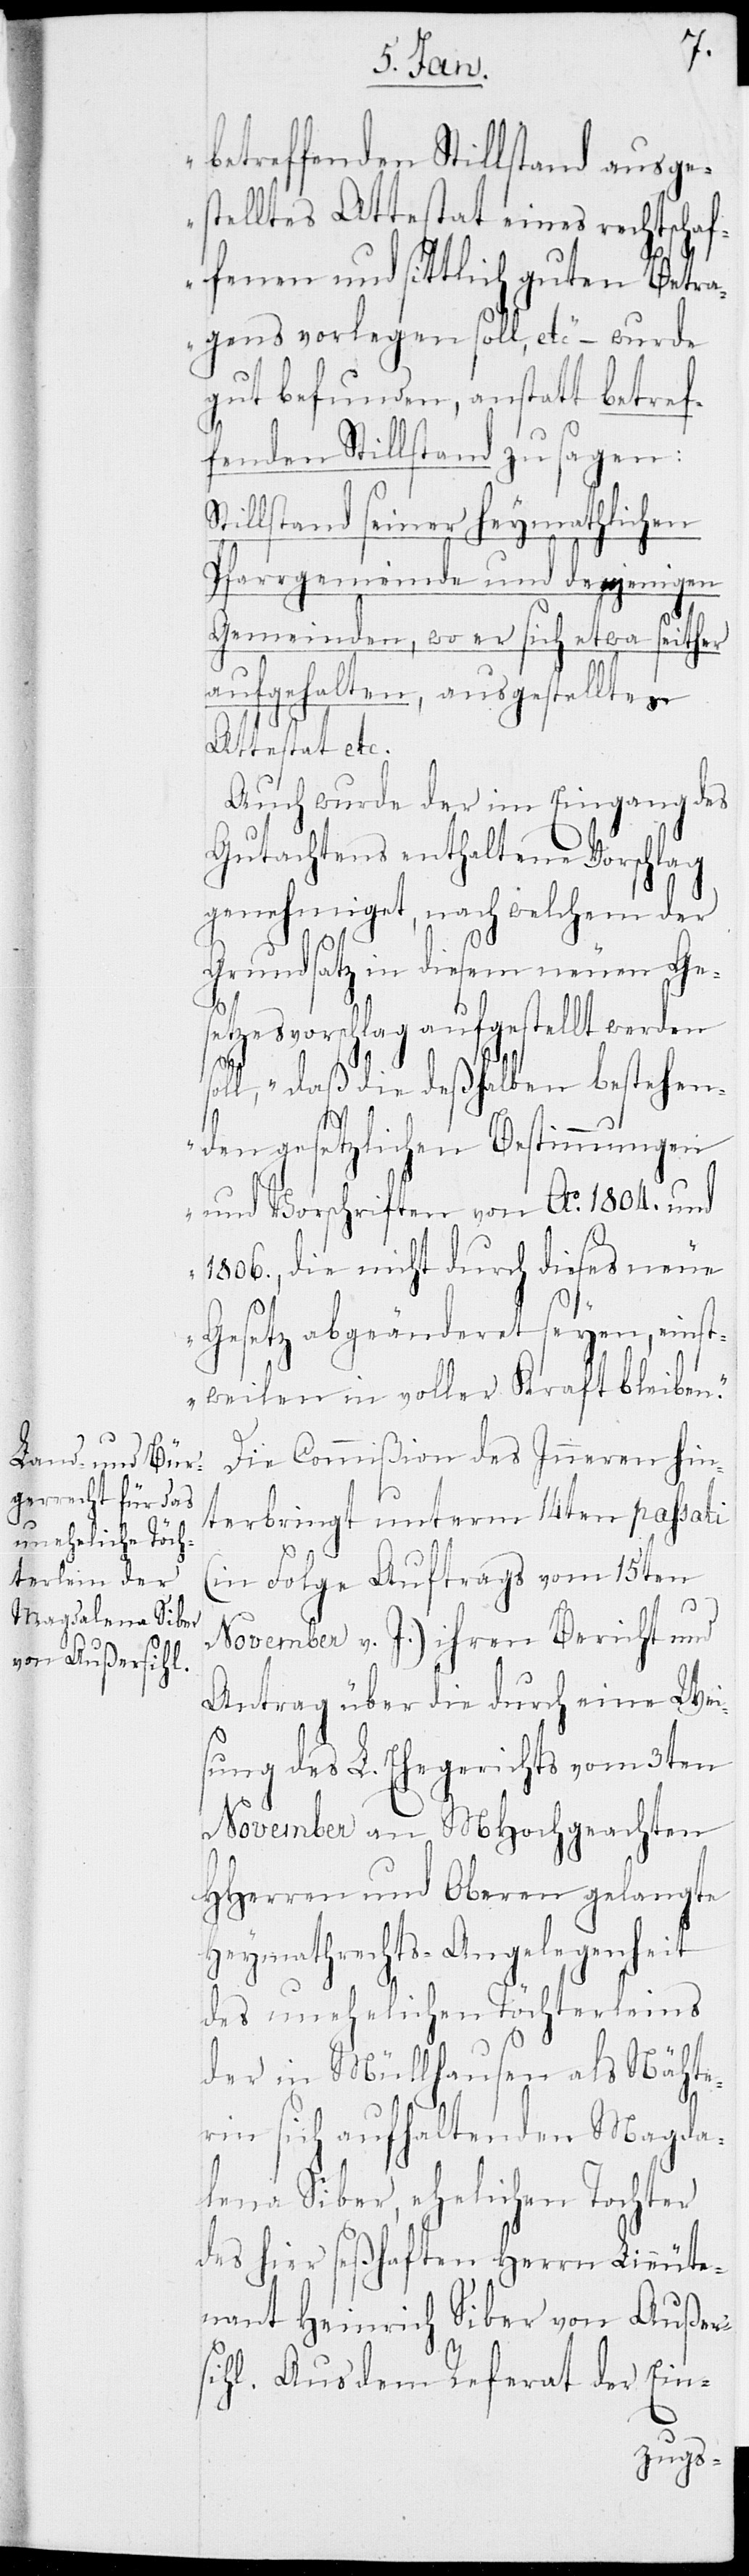
betreffenden Stillstand ausge¬
stelltes Attestat eines rechtschaf¬
fenen und sittlich guten Betra¬
gens vorlegen soll, etc“ – wurde
gut befunden, anstatt betref¬
fenden Stillstand zu sagen:
Stillstand seiner heymathlichen
Pfarrgemeinde und denjenigen
Gemeinden, wo er sich etwa seither
aufgehalten, ausgestelltes
Attestat etc.
Auch wurde der im Eingang des
Gutachtens enthaltene Vorschlag
genehmiget, nach welchem der
Grundsatz in diesem neuen Ge¬
setzesvorschlag aufgestellt werden
soll, „daß die deßhalben bestehen¬
den gesetzlichen Bestimmungen
und Vorschriften von Ao 1804. und
1806., die nicht durch dieses neue
Gesetz abgeänderet seyen, einst¬
weilen in voller Kraft bleiben.“
Die Commißion des Inneren hin¬
terbringt unterm 14ten passati
(in Folge Auftrags vom 15ten
November v. J.) ihren Bericht und
Antrag über die durch eine Wei¬
sung des L. Ehegerichts vom 3ten
November an MHochgeachten
HHerren und Oberen gelangte
Heymathrechts-Angelegenheit
des unehelichen Töchterleins
der in Müllhausen als Nähte¬
rin sich aufhaltenden Magda¬
lena Siber, ehelichen Tochter
des hier seßhaften Herrn Lieute¬
nant Heinrich Siber von Außer¬
sihl. Aus dem Referat der Ein-